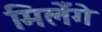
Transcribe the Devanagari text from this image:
मिलेँगे